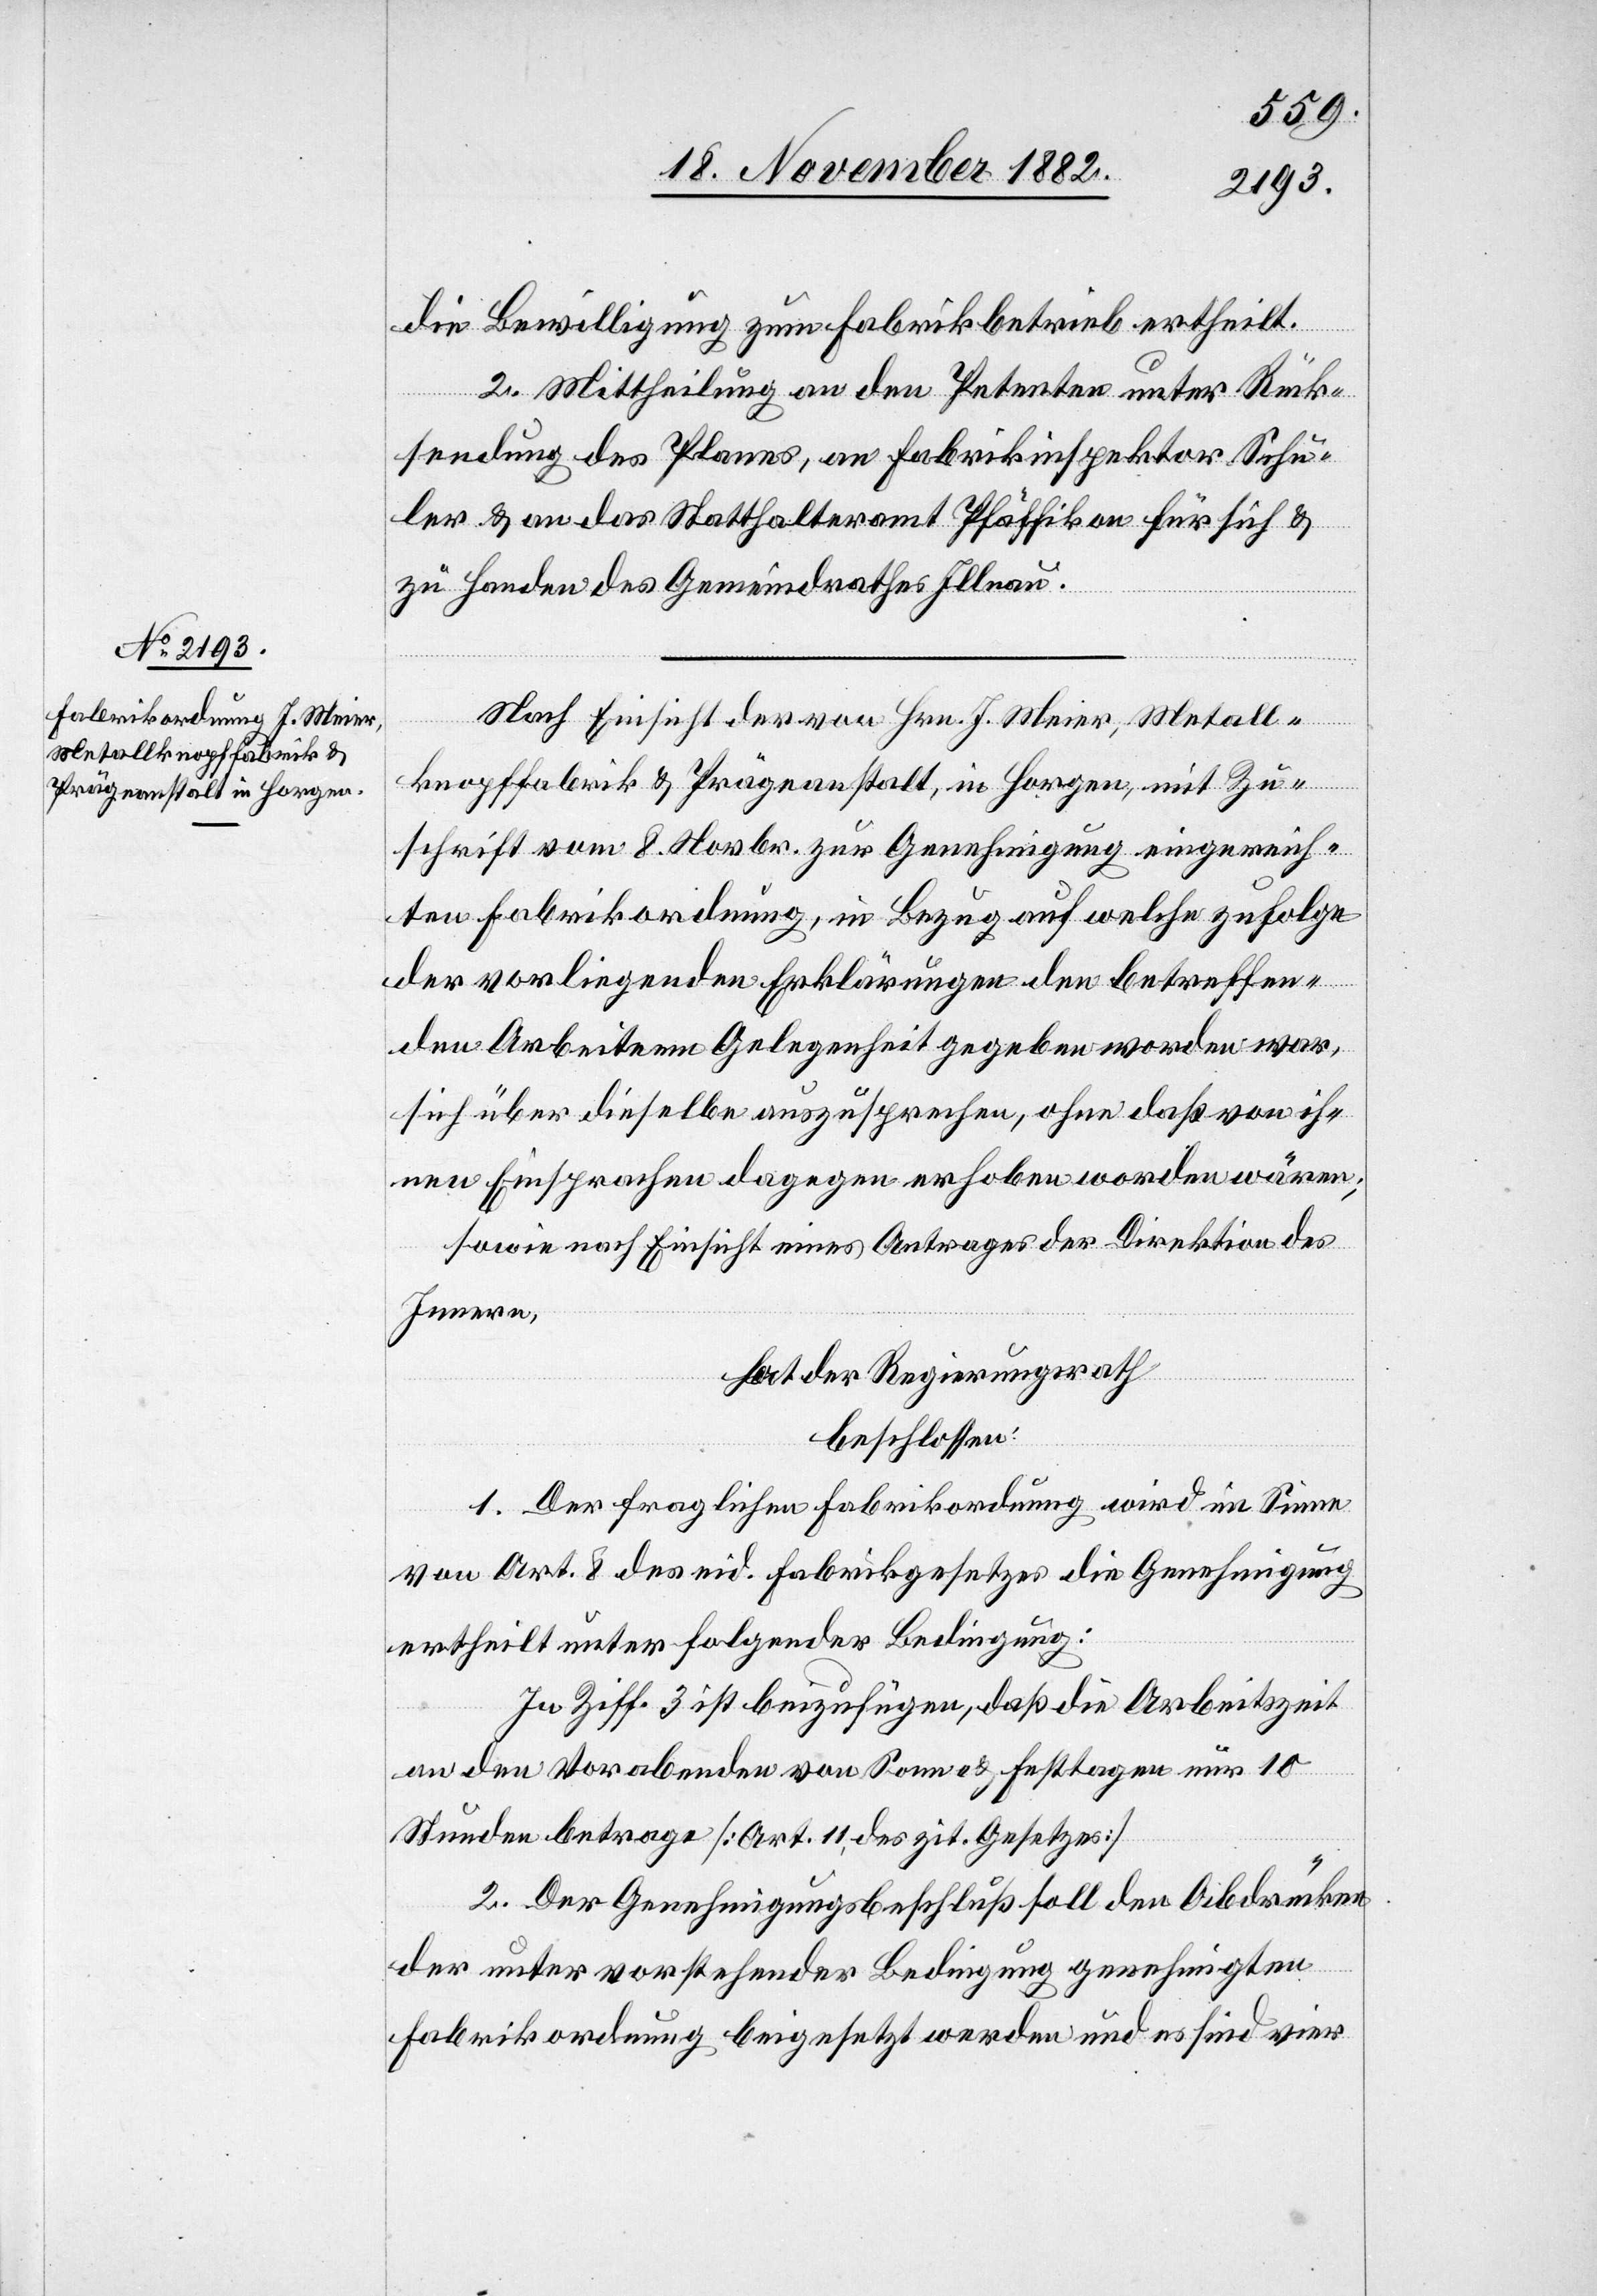
die Bewilligung zum Fabrikbetrieb ertheilt.
2. Mittheilung an den Petenten unter Rück¬
sendung des Planes, an Fabrikinspektor Schu¬
ler & an das Statthalteramt Pfäffikon für sich &
zu Handen des Gemeindrathes Illnau.
Nach Einsicht der von Hrn. J. Meier, Metall¬
knopffabrik & Prägeanstalt, in Horgen, mit Zu¬
schrift vom 8. Novbr. zur Genehmigung eingereich¬
ten Fabrikordnung, in Bezug auf welche zufolge
der vorliegenden Erklärungen den betreffen¬
den Arbeitern Gelegenheit gegeben worden war,
sich über dieselbe auszusprechen, ohne daß von ih¬
nen Einsprachen dagegen erhoben worden wären;
sowie nach Einsicht eines Antrages der Direktion des
Innern,
hat der Regierungsrath
beschlossen:
1. Der fraglichen Fabrikordnung wird im Sinne
von Art. 8 des eid. Fabrikgesetzes die Genehmigung
ertheilt unter folgender Bedingung:
In Ziff. 3 ist beizufügen, daß die Arbeitszeit
an den Vorabenden von Sonn- & Festtagen nur 10
Stunden betrage [Art. 11 des zit. Gesetzes][.]
2. Der Genehmigungsbeschluß soll den Abdrücken
der unter vorstehender Bedingung genehmigten
Fabrikordnung beigesetzt werden und es sind vier